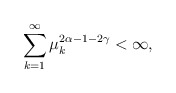
\begin{align*}\sum_{k=1}^{\infty}\mu_k^{2\alpha -1 - 2\gamma} < \infty,\end{align*}